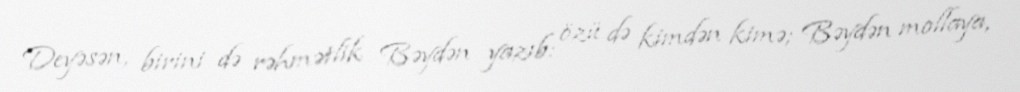
Deyəsən, birini də rəhmətlik Bəydən yazıb: özü də kimdən kimə; Bəydən mollaya,